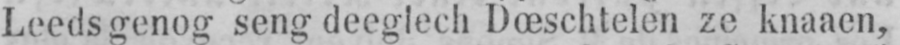
Leedsgenog seng deeglech Dœschtelen zc knaaen,